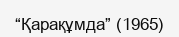
“Қарақұмда” (1965)